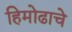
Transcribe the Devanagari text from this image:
हिमोढाचे